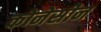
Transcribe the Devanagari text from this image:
कोनेसीन